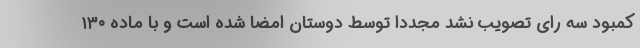
کمبود سه رای تصویب نشد مجددا توسط دوستان امضا شده است و با ماده ۱۳۰